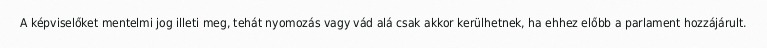
A képviselőket mentelmi jog illeti meg, tehát nyomozás vagy vád alá csak akkor kerülhetnek, ha ehhez előbb a parlament hozzájárult.